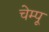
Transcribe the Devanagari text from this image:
चेम्पू